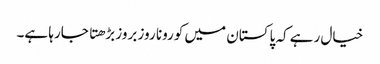
خیال رہے کہ پاکستان میں کورونا روز بروز بڑهتا جارہا ہے۔